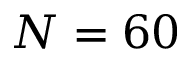
N = 6 0